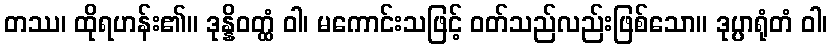
တဿ၊ ထိုရဟန်း၏။ ဒုန္နိဝတ္ထံ ဝါ၊ မကောင်းသဖြင့် ဝတ်သည်လည်းဖြစ်သော။ ဒုပ္ပာရုံတံ ဝါ၊